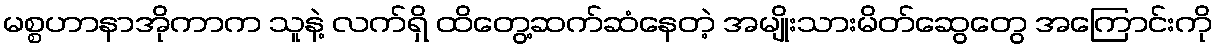
မစ္စဟာနာအိုကာက သူနဲ့ လက်ရှိ ထိတွေ့ဆက်ဆံနေတဲ့ အမျိုးသားမိတ်ဆွေတွေ အကြောင်းကို